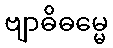
ဗျာဓိဓမ္မေ